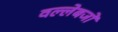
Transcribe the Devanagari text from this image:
वल्लेबजों